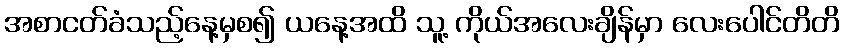
အစာငတ်ခံသည့်နေ့မှစ၍ ယနေ့အထိ သူ့ ကိုယ်အလေးချိန်မှာ လေးပေါင်တိတိ